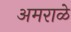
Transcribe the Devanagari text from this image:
अमराळे